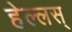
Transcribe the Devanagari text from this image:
हेल्लस्